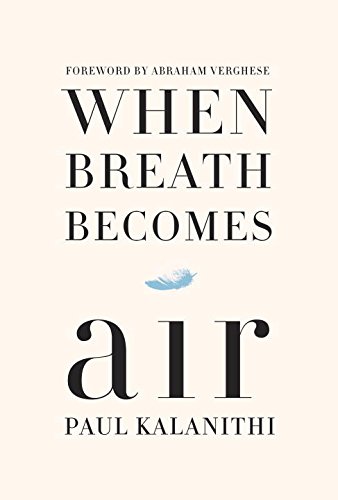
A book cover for When Breath Becomes Air; Paul Kalanithi; Politics & Social Sciences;